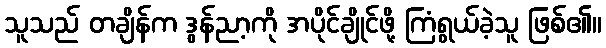
သူသည် တချိန်က ဒွန်ညာ့ကို အပိုင်ချိုင်ဖို့ ကြံရွယ်ခဲ့သူ ဖြစ်၏။